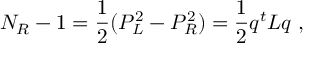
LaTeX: N _ { R } - 1 = \frac { 1 } { 2 } ( P _ { L } ^ { 2 } - P _ { R } ^ { 2 } ) = \frac { 1 } { 2 } q ^ { t } L q \ ,